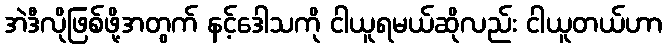
အဲဒီလိုဖြစ်ဖို့အတွက် နင့်ဒေါသကို ငါယူရမယ်ဆိုလည်း ငါယူတယ်ဟာ